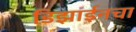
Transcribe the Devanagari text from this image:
डिझाईनचा